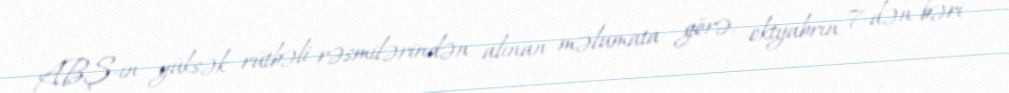
ABŞ-ın yüksək rütbəli rəsmilərindən alınan məlumata görə, oktyabrın 7-dən bəri